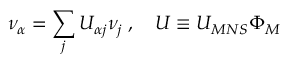
\nu _ { \alpha } = \sum _ { j } U _ { \alpha j } \nu _ { j } \; , \quad U \equiv U _ { M N S } \Phi _ { M }